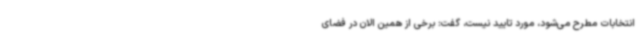
انتخابات مطرح می‌شود، مورد تایید نیست، گفت: برخی از همین الان در فضای